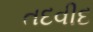
તદવીદ